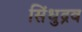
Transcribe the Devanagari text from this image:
सिंधुद्रव